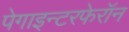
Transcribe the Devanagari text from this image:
पेगाइन्टरफेरॉन